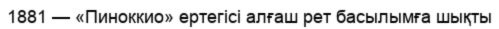
1881 — «Пиноккио» ертегісі алғаш рет басылымға шықты